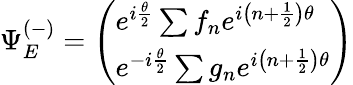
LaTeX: \Psi_{E}^{(-)}=\left(\begin{array}{l}{{e^{i\frac{\theta}{2}}\sum f_{n}e^{i\left(n+\frac{1}{2}\right)\theta}}}\\ {{e^{-i\frac{\theta}{2}}\sum g_{n}e^{i\left(n+\frac{1}{2}\right)\theta}}}\end{array}\right)